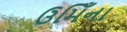
ઉમિઁના